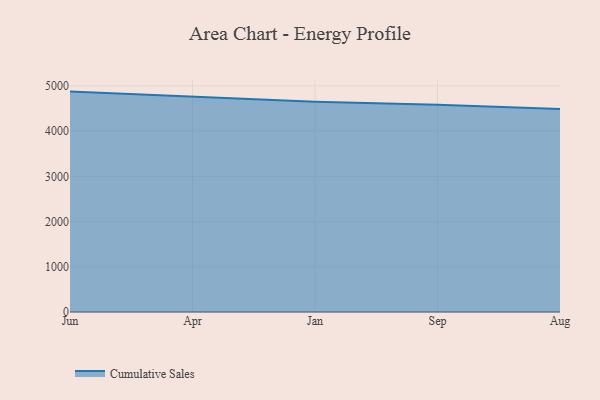
{"axis": {"x": "Month", "y": "Humidity (%)"}, "legend": ["Cumulative Sales"], "data": [{"x": "Jun", "y": 4873.3, "type": "Cumulative Sales"}, {"x": "Apr", "y": 4755.9, "type": "Cumulative Sales"}, {"x": "Jan", "y": 4648.2, "type": "Cumulative Sales"}, {"x": "Sep", "y": 4581.4, "type": "Cumulative Sales"}, {"x": "Aug", "y": 4489.3, "type": "Cumulative Sales"}]}